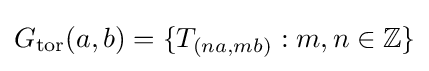
G_{\text{tor}}(a,b)=\{T_{(na,mb)}:m,n\in \mathbb {Z} \}